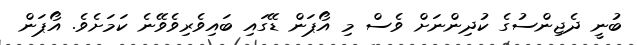
ބުނީ ދެޖިންސުގެ ކުދިންނަށް ވެސް މި އޯޕަން ޑޭގައި ބައިވެރިވެވޭނެ ކަމަށެވެ. އޯޕަން